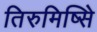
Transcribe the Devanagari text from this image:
तिरुमिष्सिे